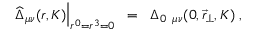
\left. \widehat { \Delta } _ { \mu \nu } ( r , K ) \right| _ { r ^ { 0 } = r ^ { 3 } = 0 } \; \; = \; \; \Delta _ { 0 \; \; \mu \nu } ( 0 , \vec { r } _ { \perp } , K ) \; ,